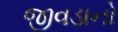
જીવડાનો